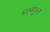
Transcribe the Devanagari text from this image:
भस्मफूल